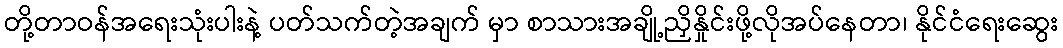
တို့တာဝန်အရေးသုံးပါးနဲ့ ပတ်သက်တဲ့အချက် မှာ စာသားအချို့ညှိနှိုင်းဖို့လိုအပ်နေတာ၊ နိုင်ငံရေးဆွေး